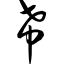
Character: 希